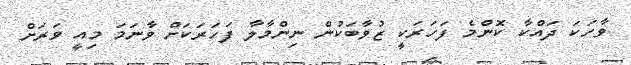
ވާހަކަ ދައްކާ ކޮންމެ ފަހަރަކީ ޒުވާބަކުން ނިންމާލާ ފަހަރަކަށް ވާނަމަ މިއީ ވަރަށް